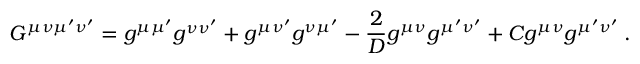
G ^ { \mu \nu \mu ^ { \prime } \nu ^ { \prime } } = g ^ { \mu \mu ^ { \prime } } g ^ { \nu \nu ^ { \prime } } + g ^ { \mu \nu ^ { \prime } } g ^ { \nu \mu ^ { \prime } } - { \frac { 2 } { D } } g ^ { \mu \nu } g ^ { \mu ^ { \prime } \nu ^ { \prime } } + C g ^ { \mu \nu } g ^ { \mu ^ { \prime } \nu ^ { \prime } } \: .